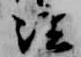
法